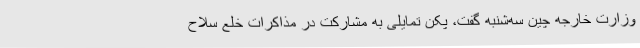
وزارت خارجه چین سه‌شنبه گفت، پکن تمایلی به مشارکت در مذاکرات خلع سلاح